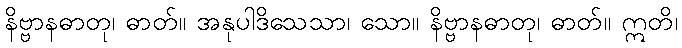
နိဗ္ဗာနဓာတု၊ ဓာတ်။ အနုပါဒိသေသာ၊ သော။ နိဗ္ဗာနဓာတု၊ ဓာတ်။ ဣတိ၊